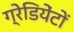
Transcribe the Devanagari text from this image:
ग्रेडियेंटों